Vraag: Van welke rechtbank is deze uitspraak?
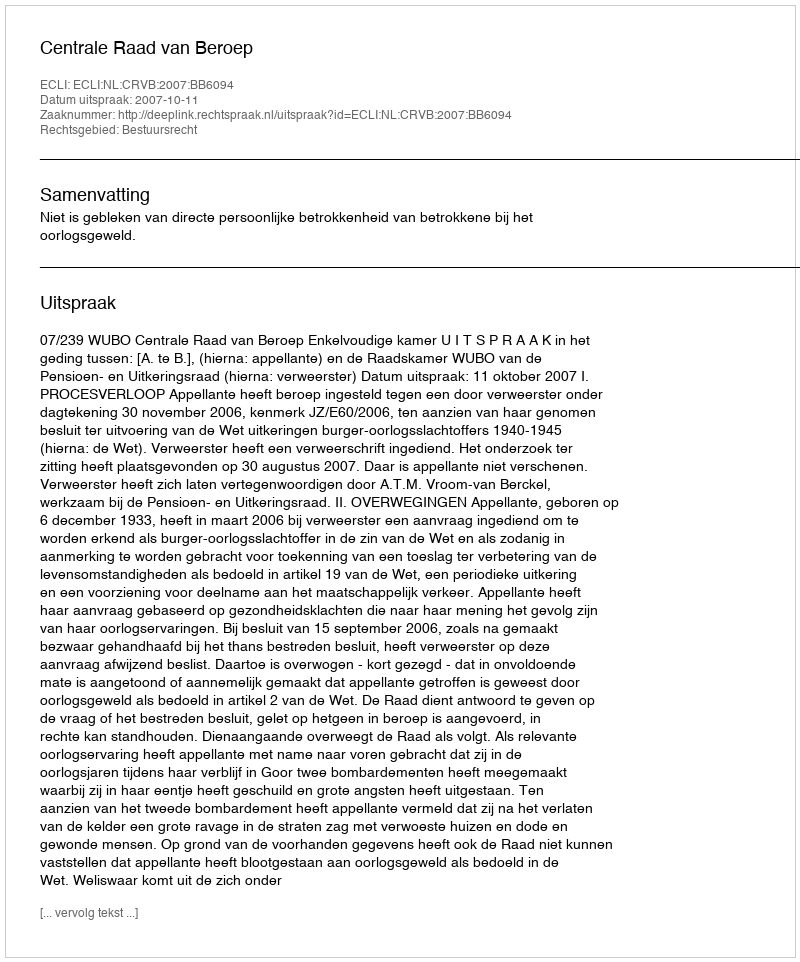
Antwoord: Centrale Raad van Beroep